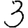
Digit: 3